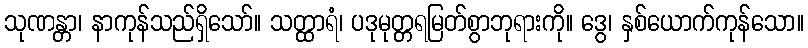
သုဏန္တာ၊ နာကုန်သည်ရှိသော်။ သတ္ထာရံ၊ ပဒုမုတ္တရမြတ်စွာဘုရားကို။ ဒွေ၊ နှစ်ယောက်ကုန်သော။